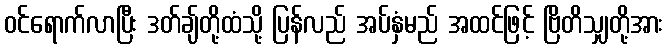
ဝင်ရောက်လာပြီး ဒတ်ချ်တို့ထံသို့ ပြန်လည် အပ်နှံမည် အထင်ဖြင့် ဗြိတိသျှတို့အား